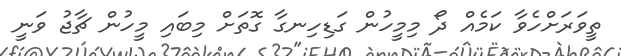
ތީވަރަށްހެވާ ކަމެއް ދޯ މިމީހުން ގަޑިހިނގާ ގޮތަށް މިބައި މީހުން ޗާޖު ވަނީ